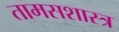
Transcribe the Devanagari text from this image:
तामसशास्त्र